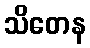
သိတေန